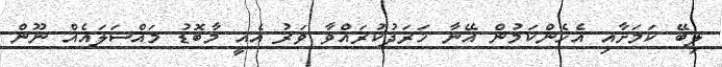
ލިބޭ ކަމަށާއި އެހެންކަމުން އޭނާ ޚަރަދުކުރައްވާ ވަރު އެއީ މާބޮޑު މައްސަލައެއް ނޫން